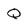
Character: Q